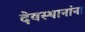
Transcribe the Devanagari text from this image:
देवस्थानांना